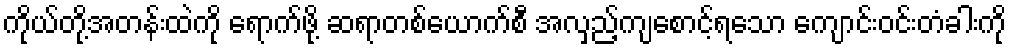
ကိုယ်တို့အတန်းထဲကို ရောက်ဖို့ ဆရာတစ်ယောက်စီ အလှည့်ကျစောင့်ရသော ကျောင်းဝင်းတံခါးကို